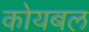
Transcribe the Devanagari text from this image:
कोयबल